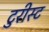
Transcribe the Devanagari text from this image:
टुरीस्ट